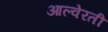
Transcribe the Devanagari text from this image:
आल्वेरती